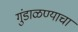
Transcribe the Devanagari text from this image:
गुंडाळण्याचा